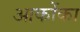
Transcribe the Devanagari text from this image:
आकोंका